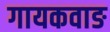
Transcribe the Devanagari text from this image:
गायकवाङ